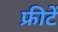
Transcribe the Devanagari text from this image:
फ्रीटें